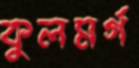
কুলমর্গ